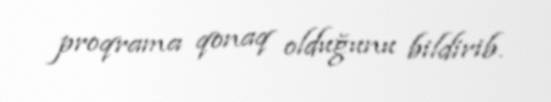
proqrama qonaq olduğunu bildirib.